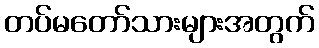
တပ်မတော်သားများအတွက်